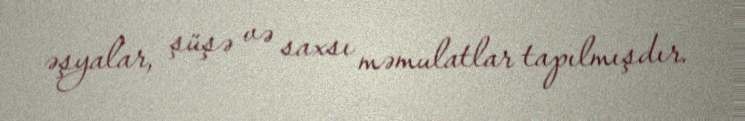
əşyalar, şüşə və saxsı məmulatlar tapılmışdır.